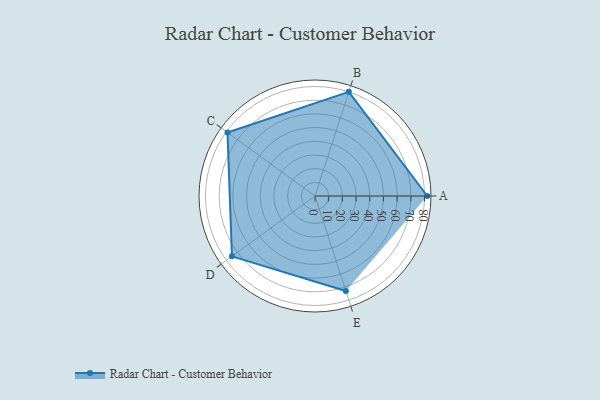
{"axis": {"x": "Skill", "y": "Score"}, "legend": ["Profile"], "data": [{"x": "A", "y": 82.0, "type": "Profile"}, {"x": "B", "y": 80.0, "type": "Profile"}, {"x": "C", "y": 79.0, "type": "Profile"}, {"x": "D", "y": 75.0, "type": "Profile"}, {"x": "E", "y": 73.0, "type": "Profile"}]}